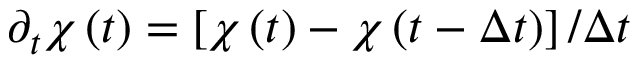
\partial _ { t } \chi \left( t \right) = \left[ \chi \left( t \right) - \chi \left( t - \Delta t \right) \right] / \Delta t